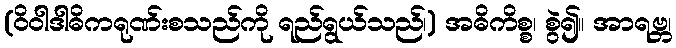
(ဝိဝါဒါဓိကရုဏ်းစသည်ကို ရည်ရွယ်သည်၊) အဓိကိစ္စ၊ စွဲ၍။ အာရဗ္ဘ၊